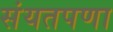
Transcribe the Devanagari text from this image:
संयतपणा